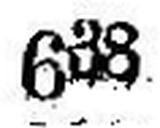
638